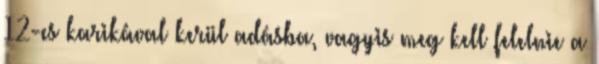
12-es karikával kerül adásba, vagyis meg kell felelnie a